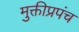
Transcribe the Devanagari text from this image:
मुक्तीप्रपंच